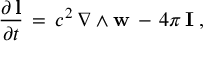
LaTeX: \frac { \partial \, { \bf l } } { \partial t } \, = \, c ^ { 2 } \, \nabla \wedge { \bf w } \, - \, 4 \pi \, { \bf I } \; ,